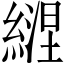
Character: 𦄇